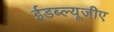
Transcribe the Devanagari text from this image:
ईडब्ल्यूजीए